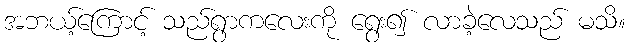
အဘယ့်ကြောင့် သည်ရွာကလေးကို ရွေး၍ လာခဲ့လေသည် မသိ။